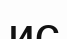
ис